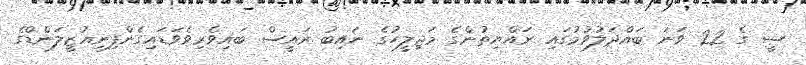
ސީ ގެ 22 ވަނަ ބައްދަލުވުމުގައި ރައްޔިތުންގެ މަޖިލީހުގެ ނައިބު ރައީސް ބައިވެރިވެވަޑައިގެންފިނިއުޒީލަންޑްގެ